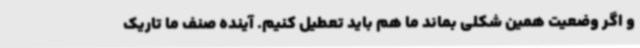
و اگر وضعیت همین شکلی بماند ما هم باید تعطیل کنیم. آینده صنف ما تاریک